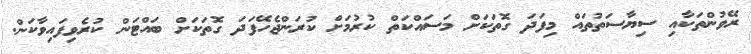
ރޭވުންތަކާއި ސިޔާސަތުތައް މިފަދަ ގޮތަކަށް މަސައްކަތް ކުރުމަށް ކުރަންޖެހޭފަދަ ގޮތަކަށް ބައްޓަން ކުރެވިފައިވާކަން.